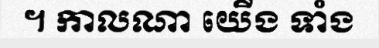
។ កាលណា យើង ទាំង